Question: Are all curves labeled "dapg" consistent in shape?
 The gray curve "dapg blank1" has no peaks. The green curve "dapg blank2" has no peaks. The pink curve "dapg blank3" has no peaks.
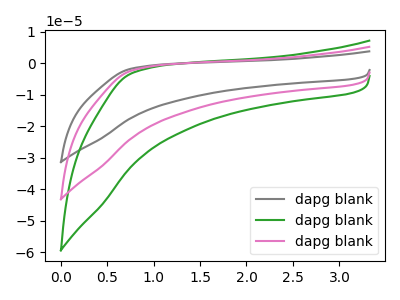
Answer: <think>Neither "dapg blank1" or "dapg blank2" have any peaks. Neither "dapg blank1" or "dapg blank3" have any peaks. Neither "dapg blank2" or "dapg blank3" have any peaks.
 </think>
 <answer>All the CV's of "dapg" have similar shape.</answer>
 <eval>follow_rule</eval>